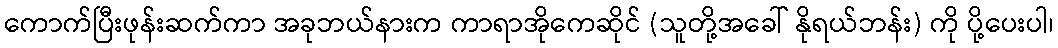
ကောက်ပြီးဖုန်းဆက်ကာ အခုဘယ်နားက ကာရာအိုကေဆိုင် (သူတို့အခေါ် နိုရယ်ဘန်း) ကို ပို့ပေးပါ၊